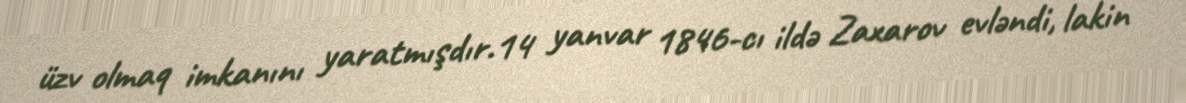
üzv olmaq imkanını yaratmışdır.14 yanvar 1846-cı ildə Zaxarov evləndi, lakin